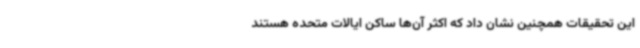
این تحقیقات همچنین نشان داد که اکثر آن‌ها ساکن ایالات متحده هستند